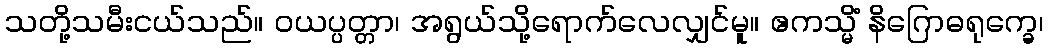
သတို့သမီးငယ်သည်။ ဝယပ္ပတ္တာ၊ အရွယ်သို့ရောက်လေလျှင်မူ။ ဧကသ္မိံ နိဂြောဓရုက္ခေ၊